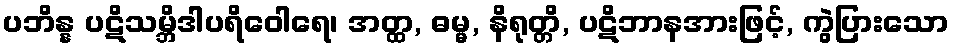
ပဘိန္န ပဋိသမ္ဘိဒါပရိဝေါရေ၊ အတ္ထ, ဓမ္မ, နိရုတ္တိ, ပဋိဘာနအားဖြင့်, ကွဲပြားသော